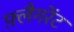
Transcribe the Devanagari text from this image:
फ़्लैगरेंट